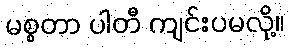
မစ္စတာ ပါတီ ကျင်းပမလို့။